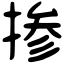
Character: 掺